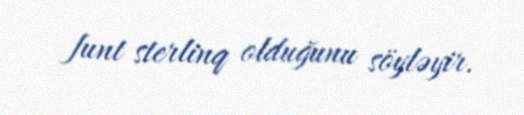
funt sterlinq olduğunu söyləyir.